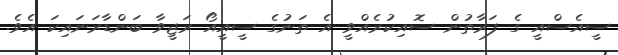
ސީއެސްއީ ގެ ފަރާތުން ސޮއިކުރެއްވީ އެ ތަނުގެ ސީއީއޯ ރަޖީވާ ބަންޑާރަނައިކަ އެވެ.